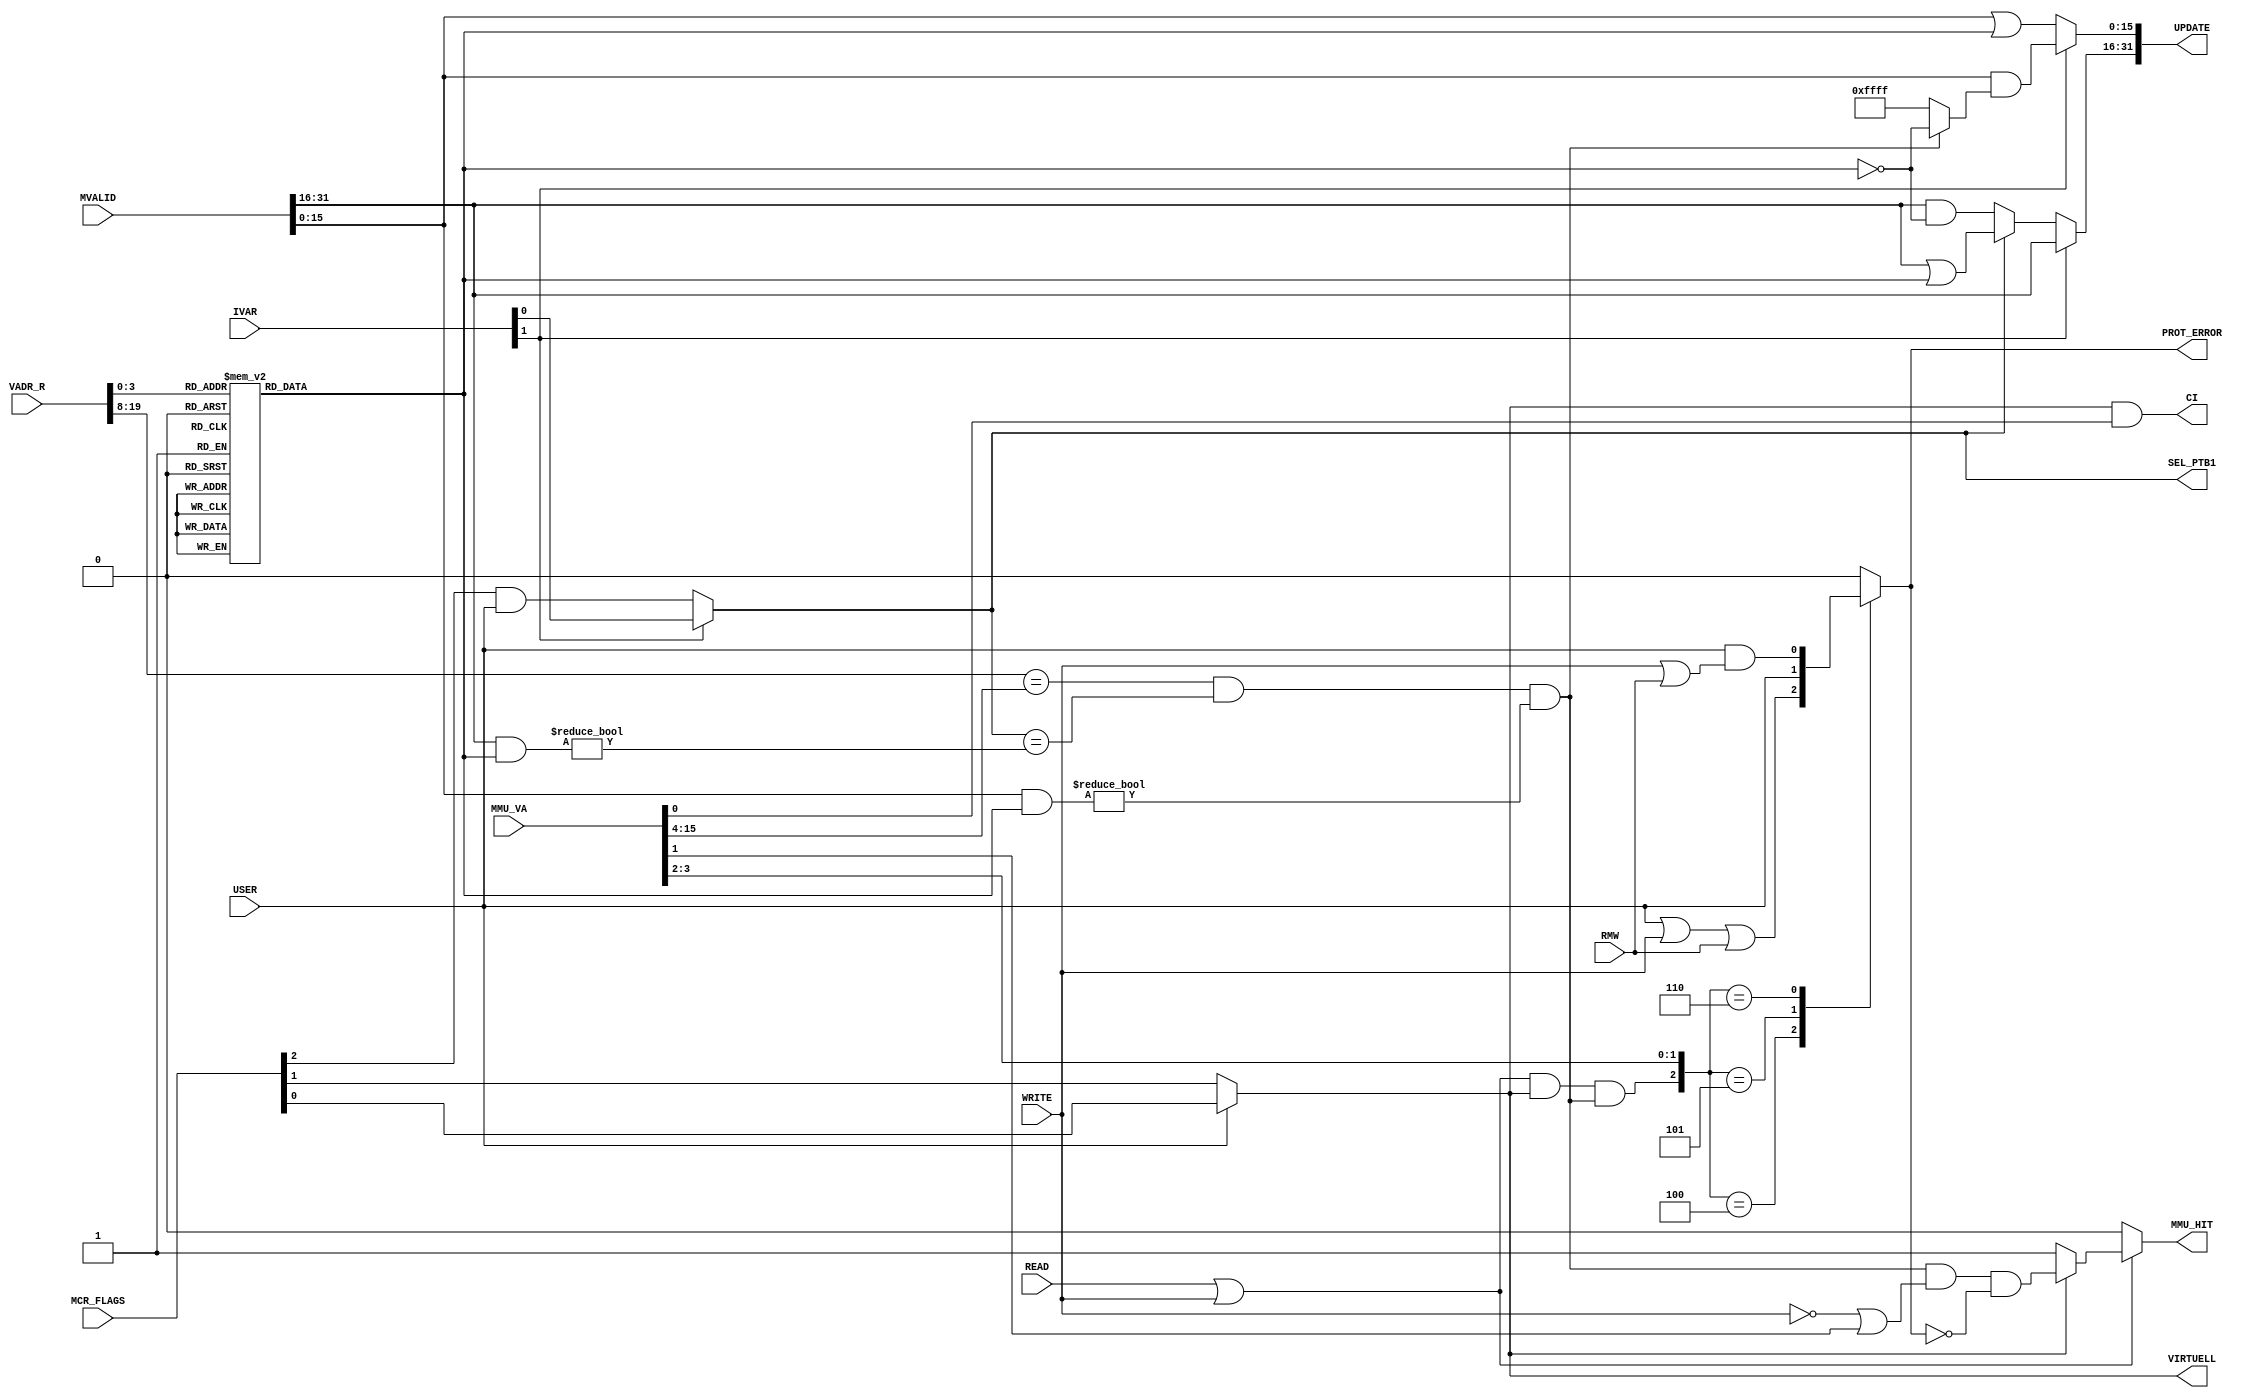
module MMU_MATCH ( USER, READ, WRITE, RMW, MCR_FLAGS, MVALID, VADR_R, MMU_VA, IVAR,
				   VIRTUELL, MMU_HIT , UPDATE, PROT_ERROR, CI, SEL_PTB1 );
	input			USER;
	input			READ;
	input			WRITE;
	input			RMW;
	input	 [2:0]	MCR_FLAGS;
	input	[31:0]	MVALID;
	input  [31:12]	VADR_R;
	input  [31:16]	MMU_VA;
	input	 [1:0]	IVAR;	
	output			VIRTUELL;	
	output			MMU_HIT;
	output	[31:0]	UPDATE;
	output	reg		PROT_ERROR;	
	output			CI,SEL_PTB1;
	reg		[15:0]	maske;
	wire			adr_space,as_sorte,match,alles_ok;
	wire	[15:0]	val_bits,as_bits;
	wire			ena_prot;
	wire			zugriff;
	assign zugriff = READ | WRITE;
	always @(VADR_R)
		case (VADR_R[15:12])
		  4'h0 : maske = 16'h0001;
		  4'h1 : maske = 16'h0002;
		  4'h2 : maske = 16'h0004;
		  4'h3 : maske = 16'h0008;
		  4'h4 : maske = 16'h0010;
		  4'h5 : maske = 16'h0020;
		  4'h6 : maske = 16'h0040;
		  4'h7 : maske = 16'h0080;
		  4'h8 : maske = 16'h0100;
		  4'h9 : maske = 16'h0200;
		  4'hA : maske = 16'h0400;
		  4'hB : maske = 16'h0800;
		  4'hC : maske = 16'h1000;
		  4'hD : maske = 16'h2000;
		  4'hE : maske = 16'h4000;
		  4'hF : maske = 16'h8000;
		endcase
	assign VIRTUELL = USER ? MCR_FLAGS[0] : MCR_FLAGS[1];
	assign adr_space = IVAR[1] ? IVAR[0] : (MCR_FLAGS[2] & USER);	
	assign as_sorte = ((MVALID[31:16] & maske) != 16'h0);
	assign match = (VADR_R[31:20] == MMU_VA[31:20]) & (adr_space == as_sorte) & ((MVALID[15:0] & maske) != 16'h0000);
	assign alles_ok = match & ( ~WRITE | MMU_VA[17] ) & ~PROT_ERROR;	
	assign MMU_HIT = zugriff ? ( VIRTUELL ? alles_ok : 1'b1 ) : 1'b0 ;	
	assign val_bits = IVAR[1] ? (MVALID[15:0] & (match ? ~maske : 16'hFFFF)) : (MVALID[15:0] | maske);
	assign as_bits  = IVAR[1] ? MVALID[31:16] : (adr_space ? (MVALID[31:16] | maske) : (MVALID[31:16] & ~maske));
	assign UPDATE = {as_bits,val_bits};
	assign ena_prot = zugriff & VIRTUELL & match;
	always @(ena_prot or MMU_VA or USER or WRITE or RMW)
		case ({ena_prot,MMU_VA[19:18]})
		   3'b100 : PROT_ERROR = USER | WRITE | RMW;	
		   3'b101 : PROT_ERROR = USER;					
		   3'b110 : PROT_ERROR = USER & (WRITE | RMW);	
		  default : PROT_ERROR = 1'b0;
		endcase
	assign CI = VIRTUELL & MMU_VA[16];
	assign SEL_PTB1 = adr_space;		
endmodule